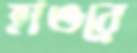
হাওরে